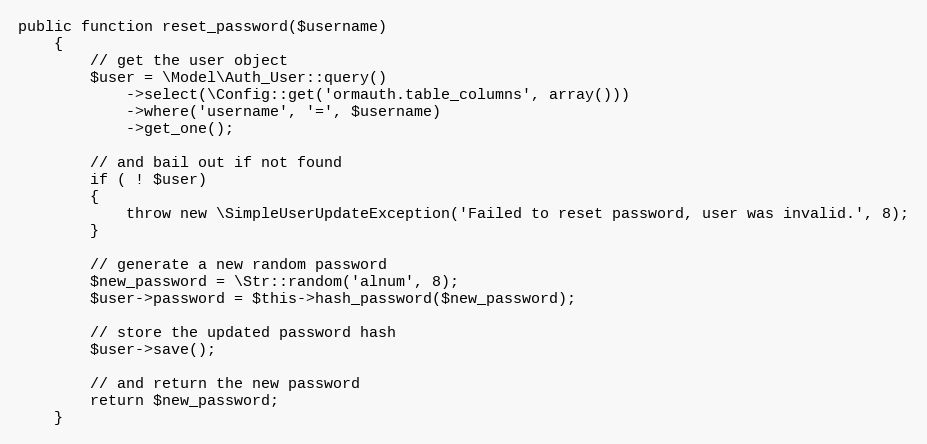
Language: PHP
public function reset_password($username)
	{
		// get the user object
		$user = \Model\Auth_User::query()
			->select(\Config::get('ormauth.table_columns', array()))
			->where('username', '=', $username)
			->get_one();

		// and bail out if not found
		if ( ! $user)
		{
			throw new \SimpleUserUpdateException('Failed to reset password, user was invalid.', 8);
		}

		// generate a new random password
		$new_password = \Str::random('alnum', 8);
		$user->password = $this->hash_password($new_password);

		// store the updated password hash
		$user->save();

		// and return the new password
		return $new_password;
	}